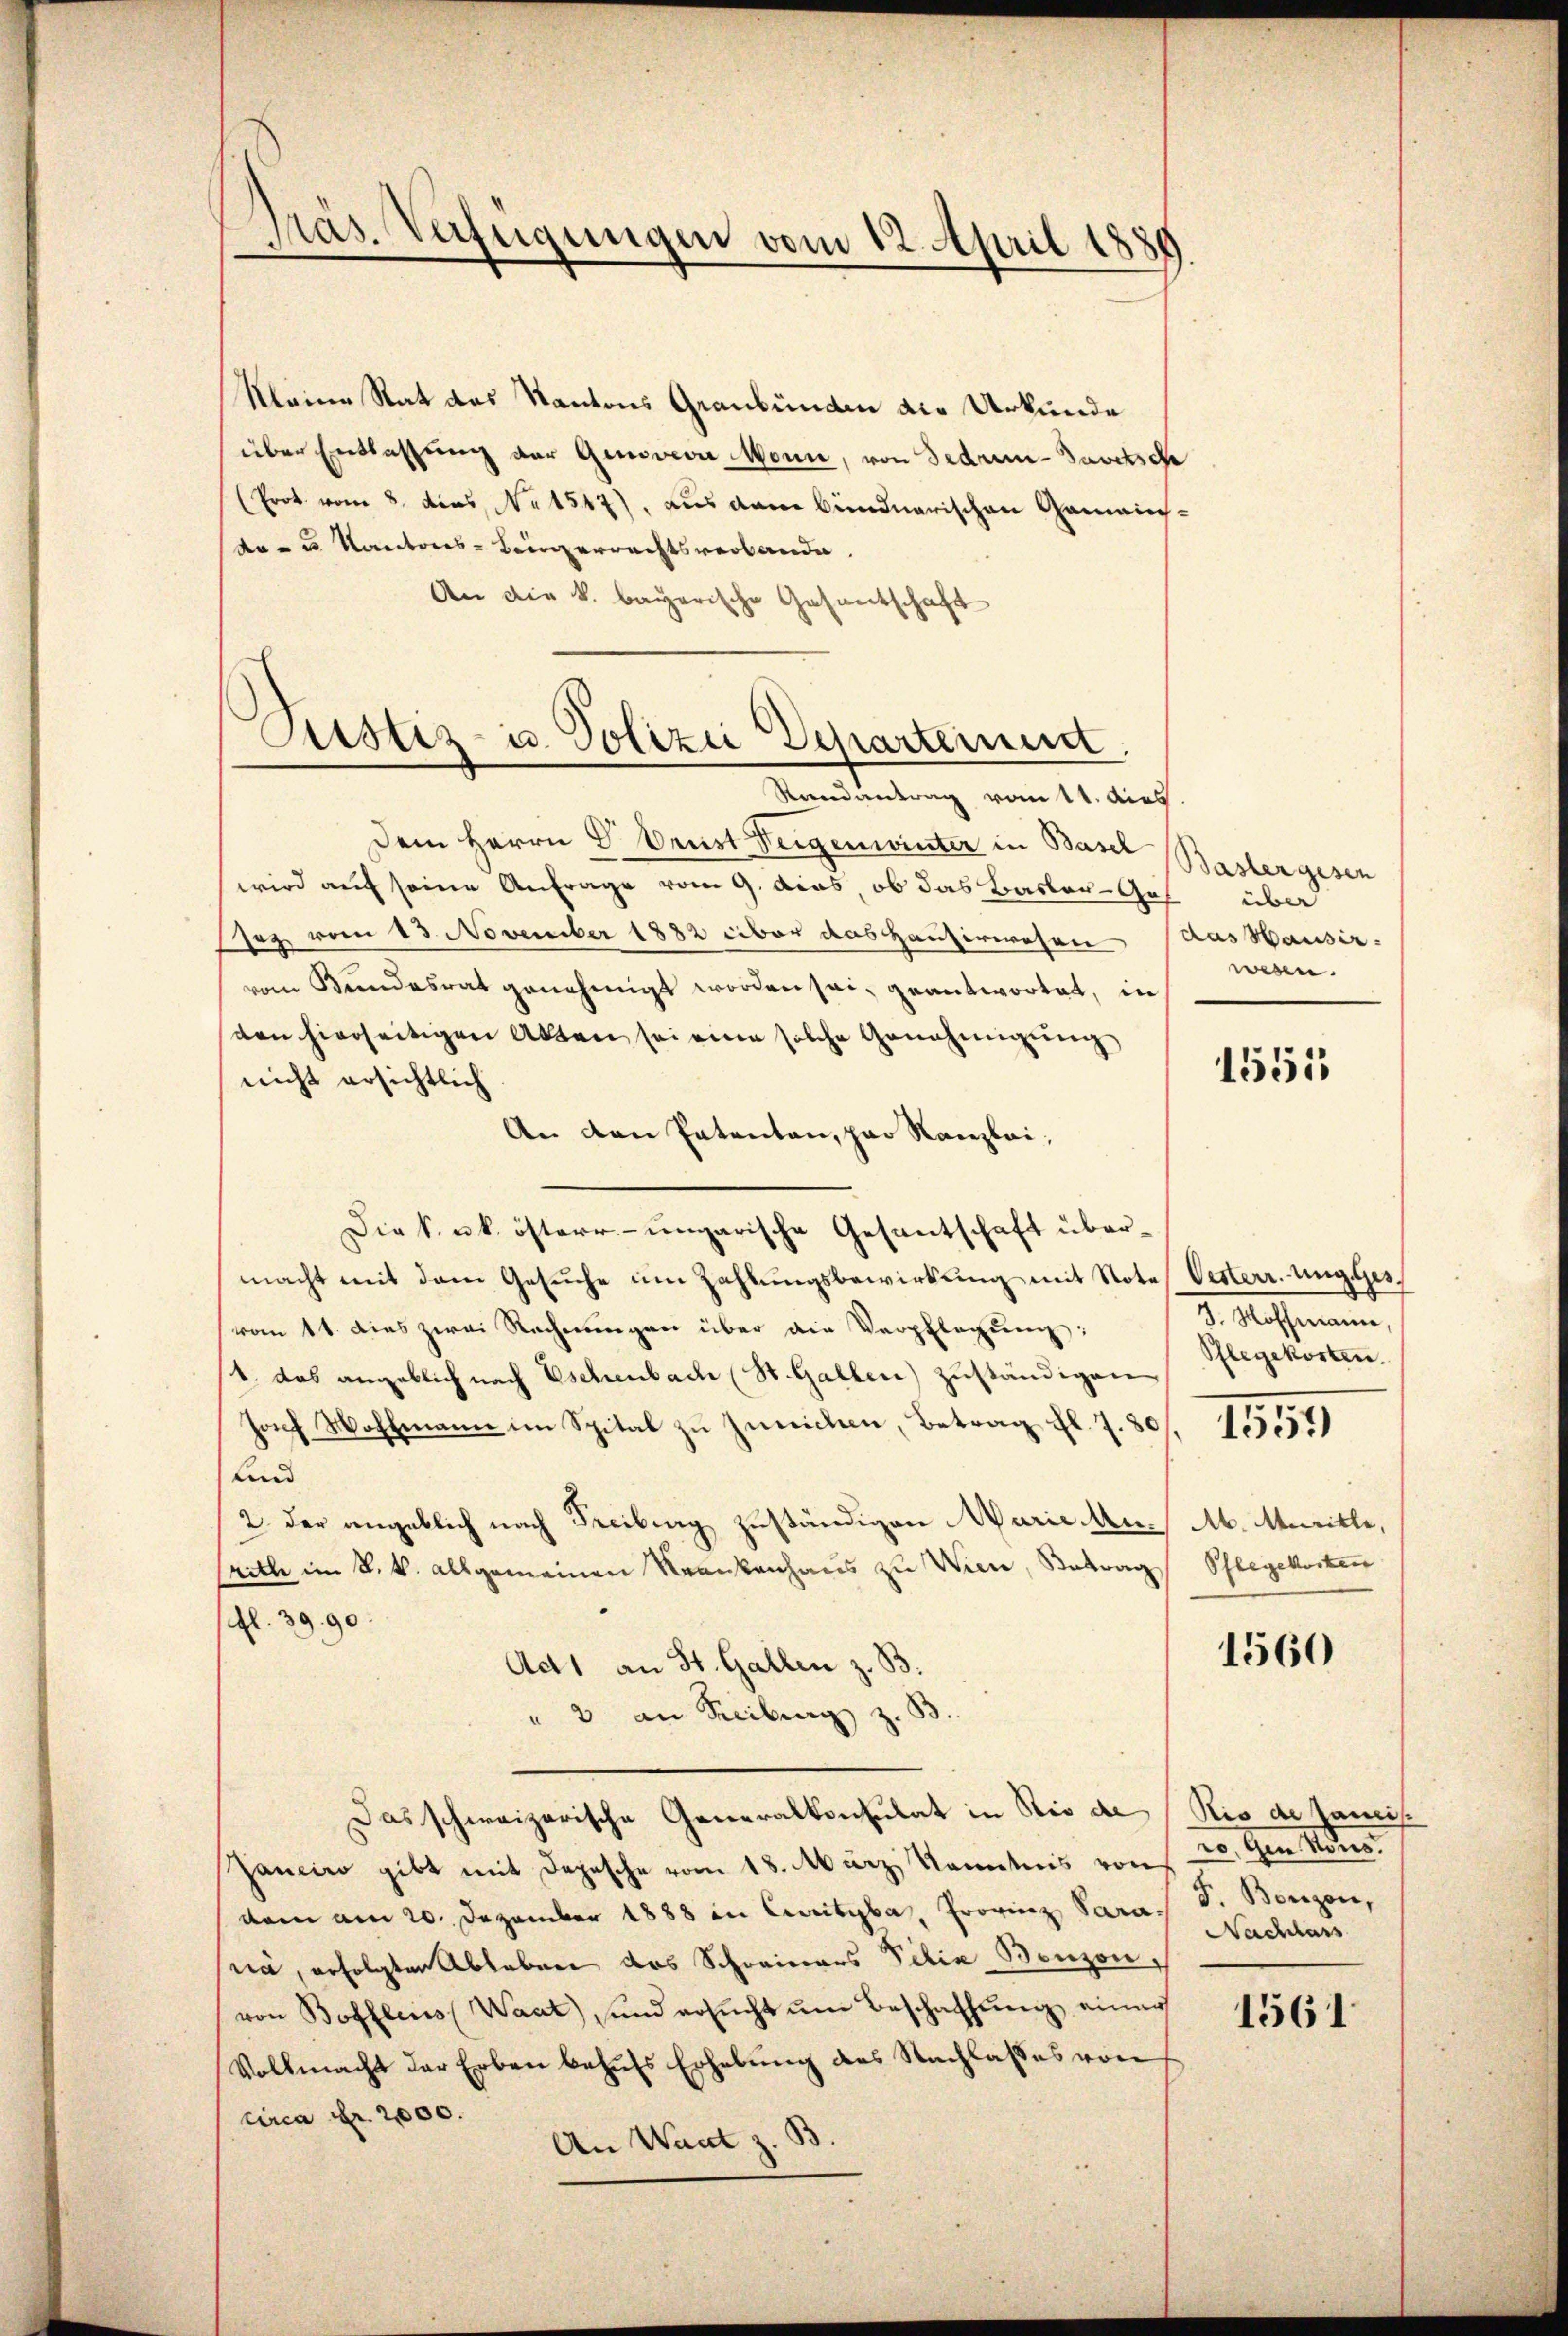
Präs. Verfügungen vom 12. April 1880

Kleine Rat das Kantons Graubünden die Urkunde
über Entlassung der Genoveva Monn, von Fedrun-Javersch
(Erot vom 8. dies No 1547), aus den Bündnerischen Gemeinda - u. Kantons-Bergerrechtsverbande
An die k. bayerische Gesantschaft
Randantrag vom 11. dies
Dem Herrn V. Orust Teigenwinter in Basel
wird auf seine Anfrage vom 9. dies, ob das Basler-Ges
Jez vom 13. November 1882 über das Hauserwesen das Hausir-
vom Bundesrat genehmigt worden sei, geantwortet, in
ten hierseitigen Akten sei eine solche Genehmigung
nicht ersichtlich
An den Patenten, par Kanzlei,
Die k. k. österr- ungarische Gesantschaft übermacht mit dem Gesuche um Zahlungsbewirkung mit Note Oesterr. Ungges.
vom 11. dies zwei Rechnungen über die Verpflegung:
1. das angeblich nach Eschenbach (St. Gallen) zuständigen
Joch Wohlmann im Spital zu Zürichen, Betrag fl. 7. 80. 155
und
2. Der angeblich nach Freiburg zuständigen Marie Musritte im k. k. allgemeinen Krankenhaus zu Wien, Antrag
(fl. 39. 90
Act1 an St. Gallen z. B.
" 3 an Reiburg z. B
Das schweizerische Generalkonsulat in Rio de (Ris de Janis
Zancino gibt mit Depesche vom 18. März, Kenntnis von 20. den Kons.
dam am 20. Dezember 1888 in Curityba, Provinz Para. F. Benzen,
nia, erfolgten Ableben das Schreinars Pilia Benzen,
von Boffleis (Waat), und ersucht um Beschaffung einer
Vollmacht der Erben behufs Erhebung des Nachlasses von
circa Fr. 2000.
An Wart z. B.

Justiz- u. Polizei Departement.

Basler gesen
über
wesen.

1551

J. Hoffmann,
Pflegekosten.

Ab. Marille,
Pflegekosten

1560

Nachlass

1561